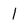
Character: l